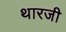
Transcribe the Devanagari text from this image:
थारजी